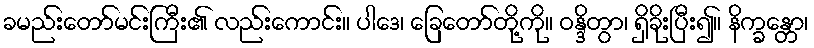
ခမည်းတော်မင်းကြီး၏ လည်းကောင်း။ ပါဒေ၊ ခြေတော်တို့ကို။ ဝန္ဒိတွာ၊ ရှိခိုးပြီး၍။ နိက္ခန္တော၊